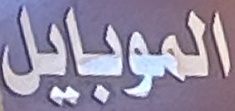
الموبايل